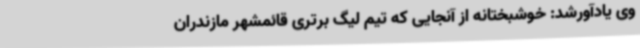
وی یادآورشد: خوشبختانه از آنجایی که تیم لیگ برتری قائمشهر مازندران